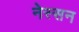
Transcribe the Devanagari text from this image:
नेस्‍सन